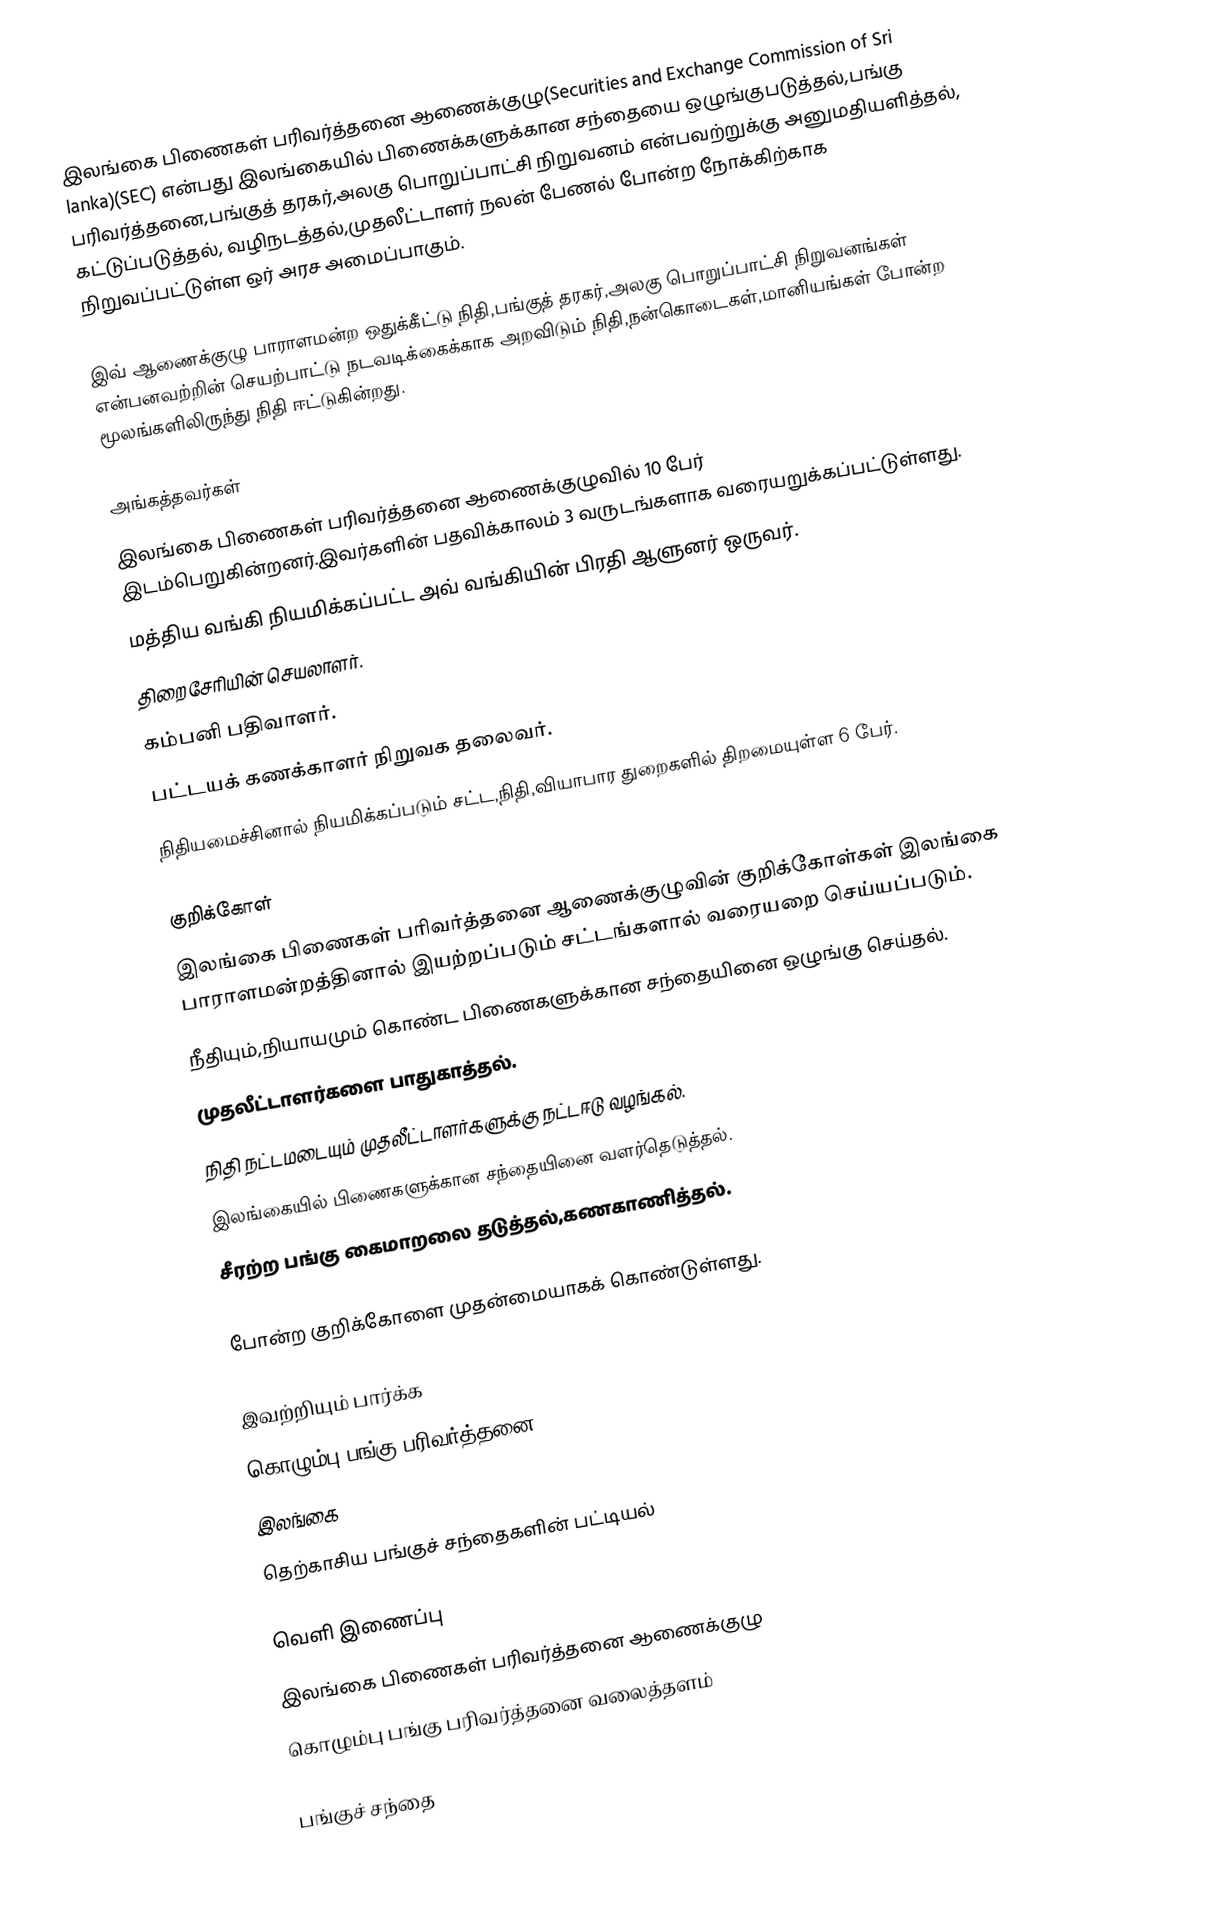
இலங்கை பிணைகள் பரிவர்த்தனை ஆணைக்குழு(Securities and Exchange Commission of Sri lanka)(SEC) என்பது இலங்கையில் பிணைக்களுக்கான சந்தையை ஒழுங்குபடுத்தல்,பங்கு பரிவர்த்தனை,பங்குத் தரகர்,அலகு பொறுப்பாட்சி நிறுவனம் என்பவற்றுக்கு அனுமதியளித்தல், கட்டுப்படுத்தல், வழிநடத்தல்,முதலீட்டாளர் நலன் பேணல் போன்ற நோக்கிற்காக நிறுவப்பட்டுள்ள ஒர் அரச அமைப்பாகும்.

இவ் ஆணைக்குழு பாராளமன்ற ஒதுக்கீட்டு நிதி,பங்குத் தரகர்,அலகு பொறுப்பாட்சி நிறுவனங்கள் என்பனவற்றின் செயற்பாட்டு நடவடிக்கைக்காக அறவிடும் நிதி,நன்கொடைகள்,மானியங்கள் போன்ற மூலங்களிலிருந்து நிதி ஈட்டுகின்றது.

அங்கத்தவர்கள்
இலங்கை பிணைகள் பரிவர்த்தனை ஆணைக்குழுவில் 10 பேர் இடம்பெறுகின்றனர்.இவர்களின் பதவிக்காலம் 3 வருடங்களாக வரையறுக்கப்பட்டுள்ளது.
 மத்திய வங்கி நியமிக்கப்பட்ட அவ் வங்கியின் பிரதி ஆளுனர் ஒருவர்.
 திறைசேரியின் செயலாளர்.
 கம்பனி பதிவாளர்.
 பட்டயக் கணக்காளர் நிறுவக தலைவர்.
 நிதியமைச்சினால் நியமிக்கப்படும் சட்ட,நிதி,வியாபார துறைகளில் திறமையுள்ள 6 பேர்.

குறிக்கோள்
இலங்கை பிணைகள் பரிவர்த்தனை ஆணைக்குழுவின் குறிக்கோள்கள் இலங்கை பாராளமன்றத்தினால் இயற்றப்படும் சட்டங்களால் வரையறை செய்யப்படும்.
 நீதியும்,நியாயமும் கொண்ட பிணைகளுக்கான சந்தையினை ஒழுங்கு செய்தல்.
 முதலீட்டாளர்களை பாதுகாத்தல்.
 நிதி நட்டமடையும் முதலீட்டாளர்களுக்கு நட்டஈடு வழங்கல்.
 இலங்கையில் பிணைகளுக்கான சந்தையினை வளர்தெடுத்தல்.
 சீரற்ற பங்கு கைமாறலை தடுத்தல்,கணகாணித்தல்.

போன்ற குறிக்கோளை முதன்மையாகக் கொண்டுள்ளது.

இவற்றியும் பார்க்க
 கொழும்பு பங்கு பரிவர்த்தனை
 இலங்கை
 தெற்காசிய பங்குச் சந்தைகளின் பட்டியல்

வெளி இணைப்பு
 இலங்கை பிணைகள் பரிவர்த்தனை ஆணைக்குழு
 கொழும்பு பங்கு பரிவர்த்தனை வலைத்தளம்

பங்குச் சந்தை